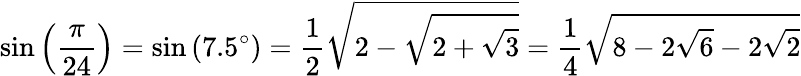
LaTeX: \sin\left({\frac{\pi}{24}}\right)=\sin\left(7.5^{\circ}\right)={\frac{1}{2}}{\sqrt{2-{\sqrt{2+{\sqrt{3}}}}}}={\frac{1}{4}}{\sqrt{8-2{\sqrt{6}}-2{\sqrt{2}}}}